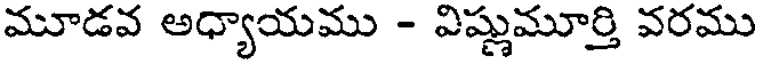
మూడవ అధ్యాయము - విష్ణుమూర్తి వరము